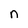
Character: n